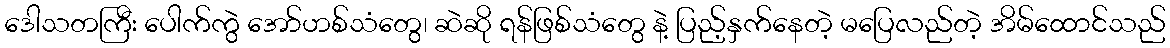
ဒေါသတကြီး ပေါက်ကွဲ အော်ဟစ်သံတွေ၊ ဆဲဆို ရန်ဖြစ်သံတွေ နဲ့ ပြည့်နှက်နေတဲ့ မပြေလည်တဲ့ အိမ်ထောင်သည်